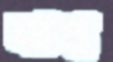
বাগ্